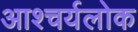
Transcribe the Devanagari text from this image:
आश्चर्यलोक